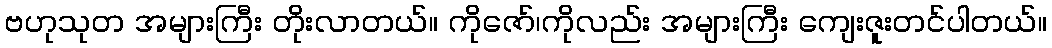
ဗဟုသုတ အများကြီး တိုးလာတယ်။ ကိုဇော်၊ကိုလည်း အများကြီး ကျေးဇူးတင်ပါတယ်။